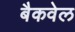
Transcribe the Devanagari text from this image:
बैकवेल